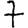
Digit: 7